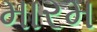
મારમ